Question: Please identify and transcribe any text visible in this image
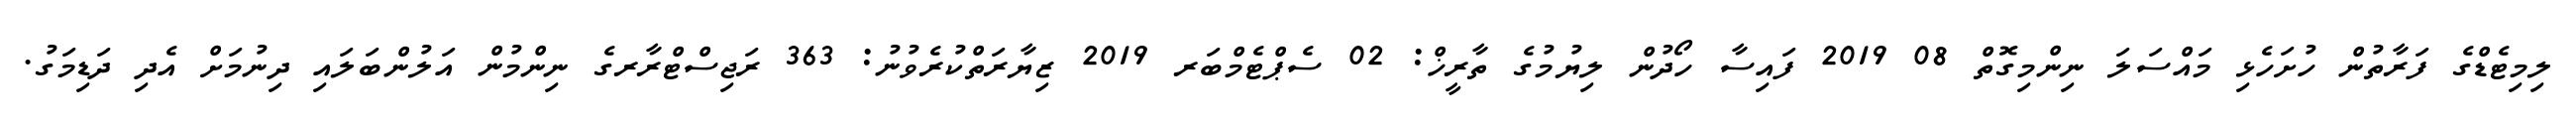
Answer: ލިމިޓެޑްގެ ފަރާތުން ހުށަހެޅި މައްސަލަ ނިންމިގޮތް 08 2019 ފައިސާ ހޯދުން ލިޔުމުގެ ތާރީޚް: 02 ސެޕްޓެމްބަރ 2019 ޒިޔާރަތްކުރެވުނު: 363 ރަޖިސްޓްރާރގެ ނިންމުން އަލުންބަލައި ދިނުމަށް އެދި ދަޑިމަގު.